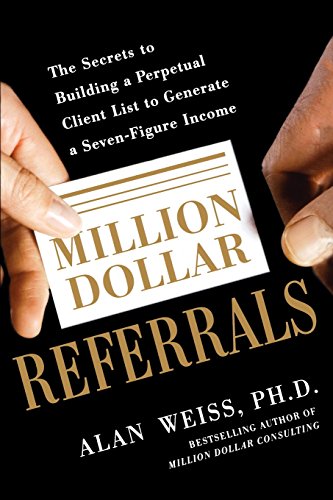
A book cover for Million Dollar Referrals: The Secrets to Building a Perpetual Client List to Generate a Seven-Figure Income; Alan Weiss; Business & Money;